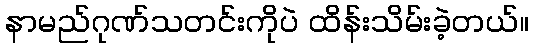
နာမည်ဂုဏ်သတင်းကိုပဲ ထိန်းသိမ်းခဲ့တယ်။